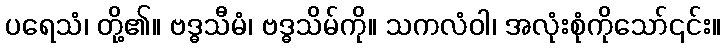
ပရေသံ၊ တို့၏။ ဗဒ္ဓသီမံ၊ ဗဒ္ဓသိမ်ကို။ သကလံဝါ၊ အလုံးစုံကိုသော်၎င်း။